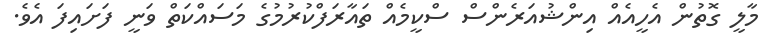
މާލީ ގޮތުން އެހީއެއް އިންޝުއަރެންސް ސްކީމެއް ތައާރަފްކުރުމުގެ މަސައްކަތް ވަނީ ފަށައިފަ އެވެ.